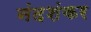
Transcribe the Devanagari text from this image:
नंदशंकर